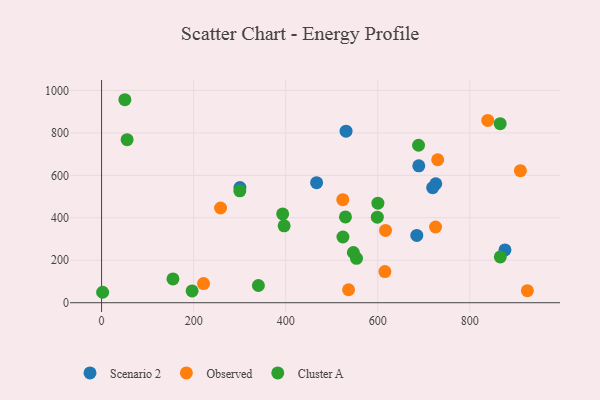
{"axis": {"x": "Distance", "y": "Salary"}, "legend": ["Cluster A", "Observed", "Scenario 2"], "data": [{"x": "531.1", "y": 808.0, "type": "Scenario 2"}, {"x": "876.3", "y": 248.8, "type": "Scenario 2"}, {"x": "726.0", "y": 560.3, "type": "Scenario 2"}, {"x": "689.1", "y": 644.7, "type": "Scenario 2"}, {"x": "719.3", "y": 541.7, "type": "Scenario 2"}, {"x": "300.6", "y": 542.6, "type": "Scenario 2"}, {"x": "467.1", "y": 565.5, "type": "Scenario 2"}, {"x": "684.8", "y": 316.7, "type": "Scenario 2"}, {"x": "909.8", "y": 621.9, "type": "Observed"}, {"x": "615.5", "y": 146.5, "type": "Observed"}, {"x": "258.5", "y": 446.0, "type": "Observed"}, {"x": "725.5", "y": 356.7, "type": "Observed"}, {"x": "838.9", "y": 858.7, "type": "Observed"}, {"x": "524.0", "y": 485.5, "type": "Observed"}, {"x": "616.8", "y": 340.7, "type": "Observed"}, {"x": "221.5", "y": 90.4, "type": "Observed"}, {"x": "536.6", "y": 61.1, "type": "Observed"}, {"x": "730.2", "y": 673.3, "type": "Observed"}, {"x": "925.0", "y": 56.8, "type": "Observed"}, {"x": "2.3", "y": 49.2, "type": "Cluster A"}, {"x": "866.2", "y": 215.6, "type": "Cluster A"}, {"x": "155.1", "y": 112.2, "type": "Cluster A"}, {"x": "196.7", "y": 55.5, "type": "Cluster A"}, {"x": "529.8", "y": 404.0, "type": "Cluster A"}, {"x": "524.3", "y": 309.4, "type": "Cluster A"}, {"x": "55.5", "y": 767.8, "type": "Cluster A"}, {"x": "393.4", "y": 418.2, "type": "Cluster A"}, {"x": "600.3", "y": 468.8, "type": "Cluster A"}, {"x": "553.8", "y": 209.0, "type": "Cluster A"}, {"x": "599.0", "y": 403.1, "type": "Cluster A"}, {"x": "300.3", "y": 527.2, "type": "Cluster A"}, {"x": "396.6", "y": 362.3, "type": "Cluster A"}, {"x": "547.0", "y": 236.6, "type": "Cluster A"}, {"x": "50.6", "y": 956.0, "type": "Cluster A"}, {"x": "340.7", "y": 81.1, "type": "Cluster A"}, {"x": "865.9", "y": 843.4, "type": "Cluster A"}, {"x": "688.6", "y": 741.7, "type": "Cluster A"}]}